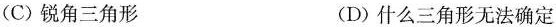
(C)锐角三角形 (D)什么三角形无法确定